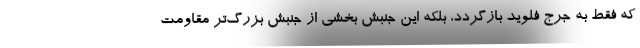
که فقط به جرج فلوید بازگردد، بلکه این جنبش بخشی از جنبش بزرگ‌تر مقاومت